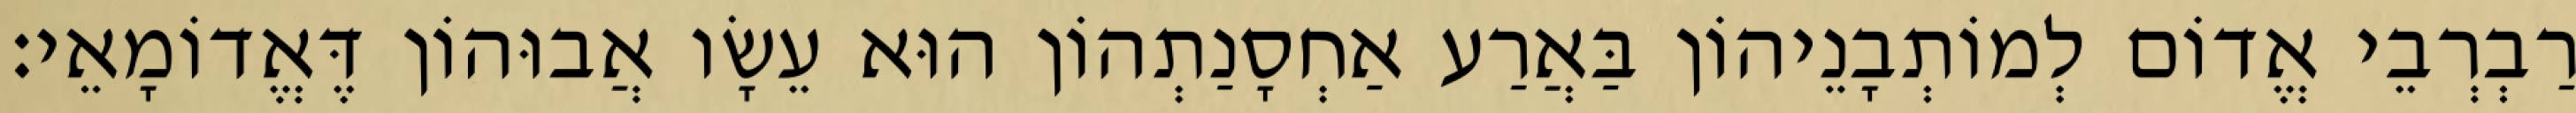
רַבְרְבֵי אֱדוֹם לְמוֹתְבָנֵיהוֹן בַּאֲרַע אַחְסָנַתְהוֹן הוּא עֵשָׂו אֲבוּהוֹן דֶּאֱדוֹמָאֵי׃